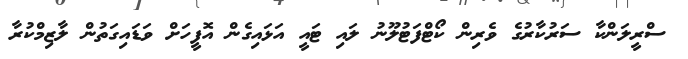
ސްރީލަންކާ ސަރުކާރުގެ ވެރިން ކޯޓްފަޓުލޫނު ލައި ޓައީ އަޅައިގެން އޮފީހަށް ވަޑައިގަތުން ލާޒިމްކުރާ